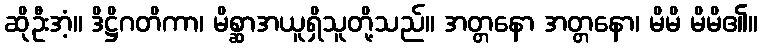
ဆိုဦးအံ့။ ဒိဋ္ဌိဂတိကာ၊ မိစ္ဆာအယူရှိသူတို့သည်။ အတ္တနော အတ္တနော၊ မိမိ မိမိ၏။